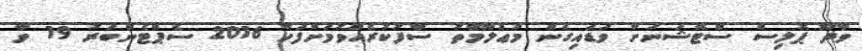
ވާދޫ ޕޮލިސް ސްޓޭޝަނަށް ވަޑައިގެން މަޢުލޫމާތު ސާފުކުރެއްވުމަށްފަހު 2016 ސެޕްޓެންބަރު 19 ވާ